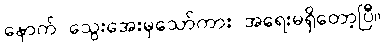
နောက် သွေးအေးမှသော်ကား အရေးမရှိတော့ပြီ။